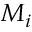
M _ { i }